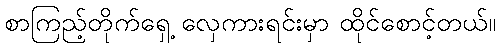
စာကြည့်တိုက်ရှေ့ လှေကားရင်းမှာ ထိုင်စောင့်တယ်။